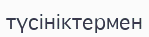
түсініктермен